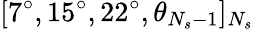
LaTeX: [7^{\circ},15^{\circ},22^{\circ},\theta_{N_{s}-1}]_{N_{s}}